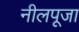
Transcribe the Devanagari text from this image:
नीलपूजा